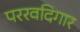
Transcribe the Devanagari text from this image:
पररवदिगार